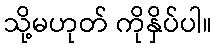
သို့မဟုတ် ကိုနှိပ်ပါ။